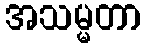
အသမ္မတာ